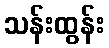
သန်းထွန်း